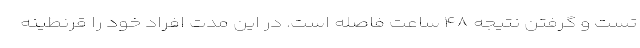
تست و گرفتن نتیجه ۴۸ ساعت فاصله است. در این مدت افراد خود را قرنطینه